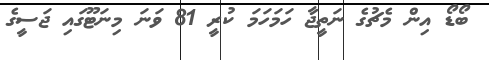
ބޯޑޯ އިން މެޗުގެ ނަތީޖާ ހަމަހަމަ ކުރީ 81 ވަނަ މިނަޓޫގައި ޖަސީގެ